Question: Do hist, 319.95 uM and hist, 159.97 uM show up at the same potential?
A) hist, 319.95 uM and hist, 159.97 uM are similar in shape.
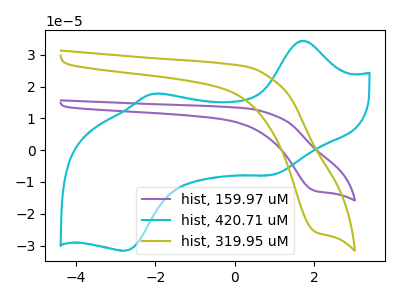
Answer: <think>The purple curve "hist, 159.97 uM" has a cathodic peak at: (2.05V, -12.90uA). The cyan curve "hist, 420.71 uM" has anodic peaks at (1.75V, 34.40uA) (-2.05V, 17.70uA) and cathodic peaks at (0.95V, -7.80uA) (-2.75V, -31.65uA). The olive curve "hist, 319.95 uM" has a cathodic peak at: (2.05V, -25.80uA).
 All the peaks in "hist, 319.95 uM" have a peak in "hist, 159.97 uM" at the same potential. Every peak in "hist, 319.95 uM" is higher than every peak in "hist, 159.97 uM".</think>
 <answer>A) "hist, 319.95 uM" and "hist, 159.97 uM" are similar in shape.</answer>
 <eval>A</eval>